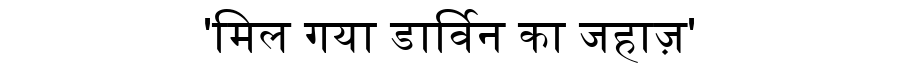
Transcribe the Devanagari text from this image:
'मिल गया डार्विन का जहाज़'